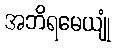
အဘိရမေယျုံ